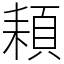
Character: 頛